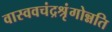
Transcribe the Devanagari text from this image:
वास्ववचंद्रश्रृंगोन्नति